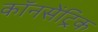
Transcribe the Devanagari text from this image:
कॉनसेंट्रिक